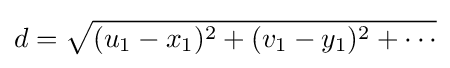
d={\sqrt {(u_{1}-x_{1})^{2}+(v_{1}-y_{1})^{2}+\cdots }}